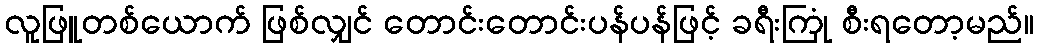
လူဖြူတစ်ယောက် ဖြစ်လျှင် တောင်းတောင်းပန်ပန်ဖြင့် ခရီးကြုံ စီးရတော့မည်။